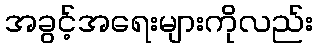
အခွင့်အရေးများကိုလည်း